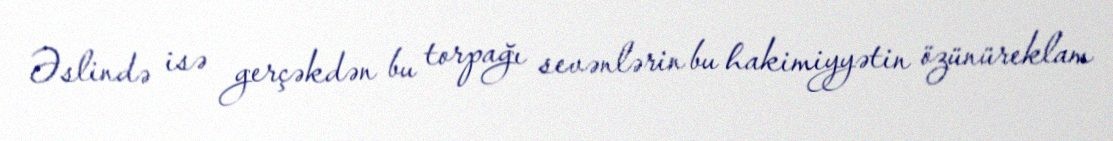
Əslində isə gerçəkdən bu torpağı sevənlərin bu hakimiyyətin özünüreklam